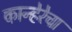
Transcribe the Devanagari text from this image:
कान्हेरेचा